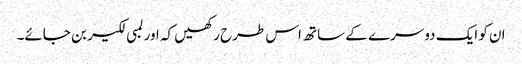
ان کو ایک دوسرے کے ساتھ اس طرح رکھیں کہ اور لمبی لکیر بن جائے۔